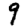
Digit: 9